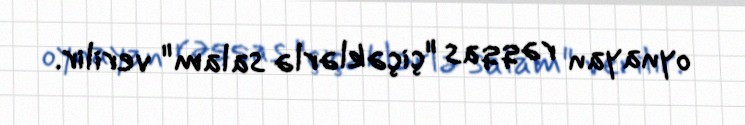
oynayan rəqqas "çiçəklərlə salam" verilir.